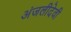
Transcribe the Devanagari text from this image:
अंजलीदेवी